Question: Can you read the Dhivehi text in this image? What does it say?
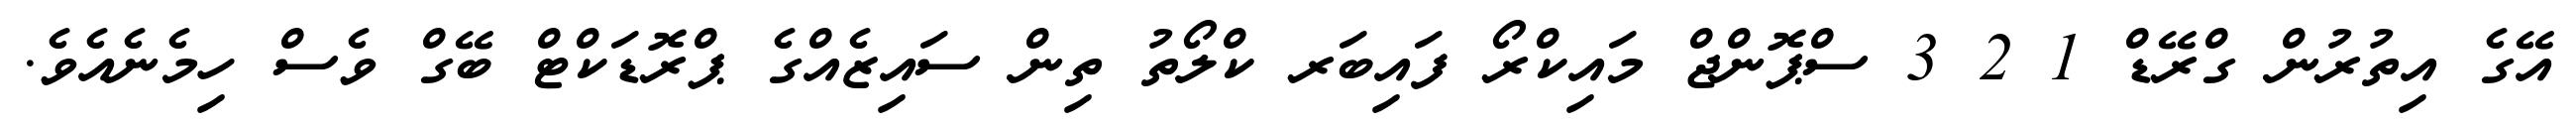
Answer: އޭގެ އިތުރުން ގްރޭޑް 1 2 3 ސްޕޮންޖް މައިކްރޯ ފައިބަރ ކްލޯތު ތިން ސައިޒެއްގެ ޕްރޮޑަކްޓް ބޭގް ވެސް ހިމެނެއެވެ.